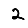
Digit: 2